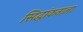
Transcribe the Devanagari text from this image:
सिद्धांकनाला